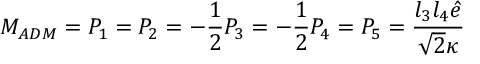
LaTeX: M _ { A D M } = P _ { 1 } = P _ { 2 } = - \frac 1 2 P _ { 3 } = - \frac 1 2 P _ { 4 } = P _ { 5 } = \frac { l _ { 3 } l _ { 4 } \hat { e } } { \sqrt { 2 } \kappa }